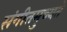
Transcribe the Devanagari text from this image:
संगीतमुच्यते